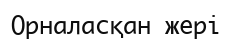
Орналасқан жерi